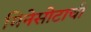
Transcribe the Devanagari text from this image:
मिनेसोटाची